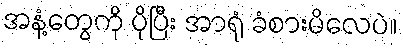
အနံ့တွေကို ပိုပြီး အာရုံ ခံစားမိလေပဲ။